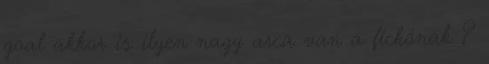
goal akkor is ilyen nagy arca van a fickónak ?